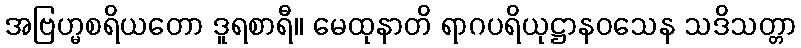
အဗြဟ္မစရိယတော ဒူရစာရီ။ မေထုနာတိ ရာဂပရိယုဋ္ဌာနဝသေန သဒိသတ္တာ